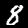
Digit: 8